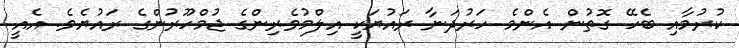
ކުރުމާއި ބެހޭ ގޮތުން އެންމެ ހަރުދަނާ ރައުޔަކީ އިލްމުވެރިންގެ ޖުމްހޫރުންގެ ރައުޔެވެ. އެއީ